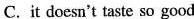
C. it doesn't taste so good